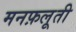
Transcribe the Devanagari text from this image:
मनफ़लूती